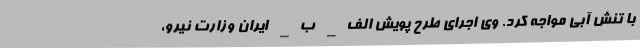
با تنش آبی مواجه کرد. وی اجرای طرح پویش الف_ ب_ ایران وزارت نیرو،